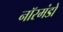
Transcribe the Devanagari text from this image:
नॉरमंडो